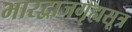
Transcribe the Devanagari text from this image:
भारद्वाजगृह्यसूत्र